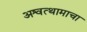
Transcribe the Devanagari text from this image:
अश्वत्थामाचा